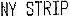
NY STRIP